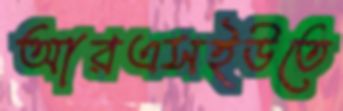
আরএসইউতে